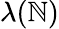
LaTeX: \lambda(\mathbb{N})